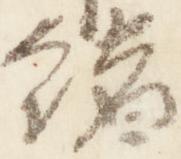
緒